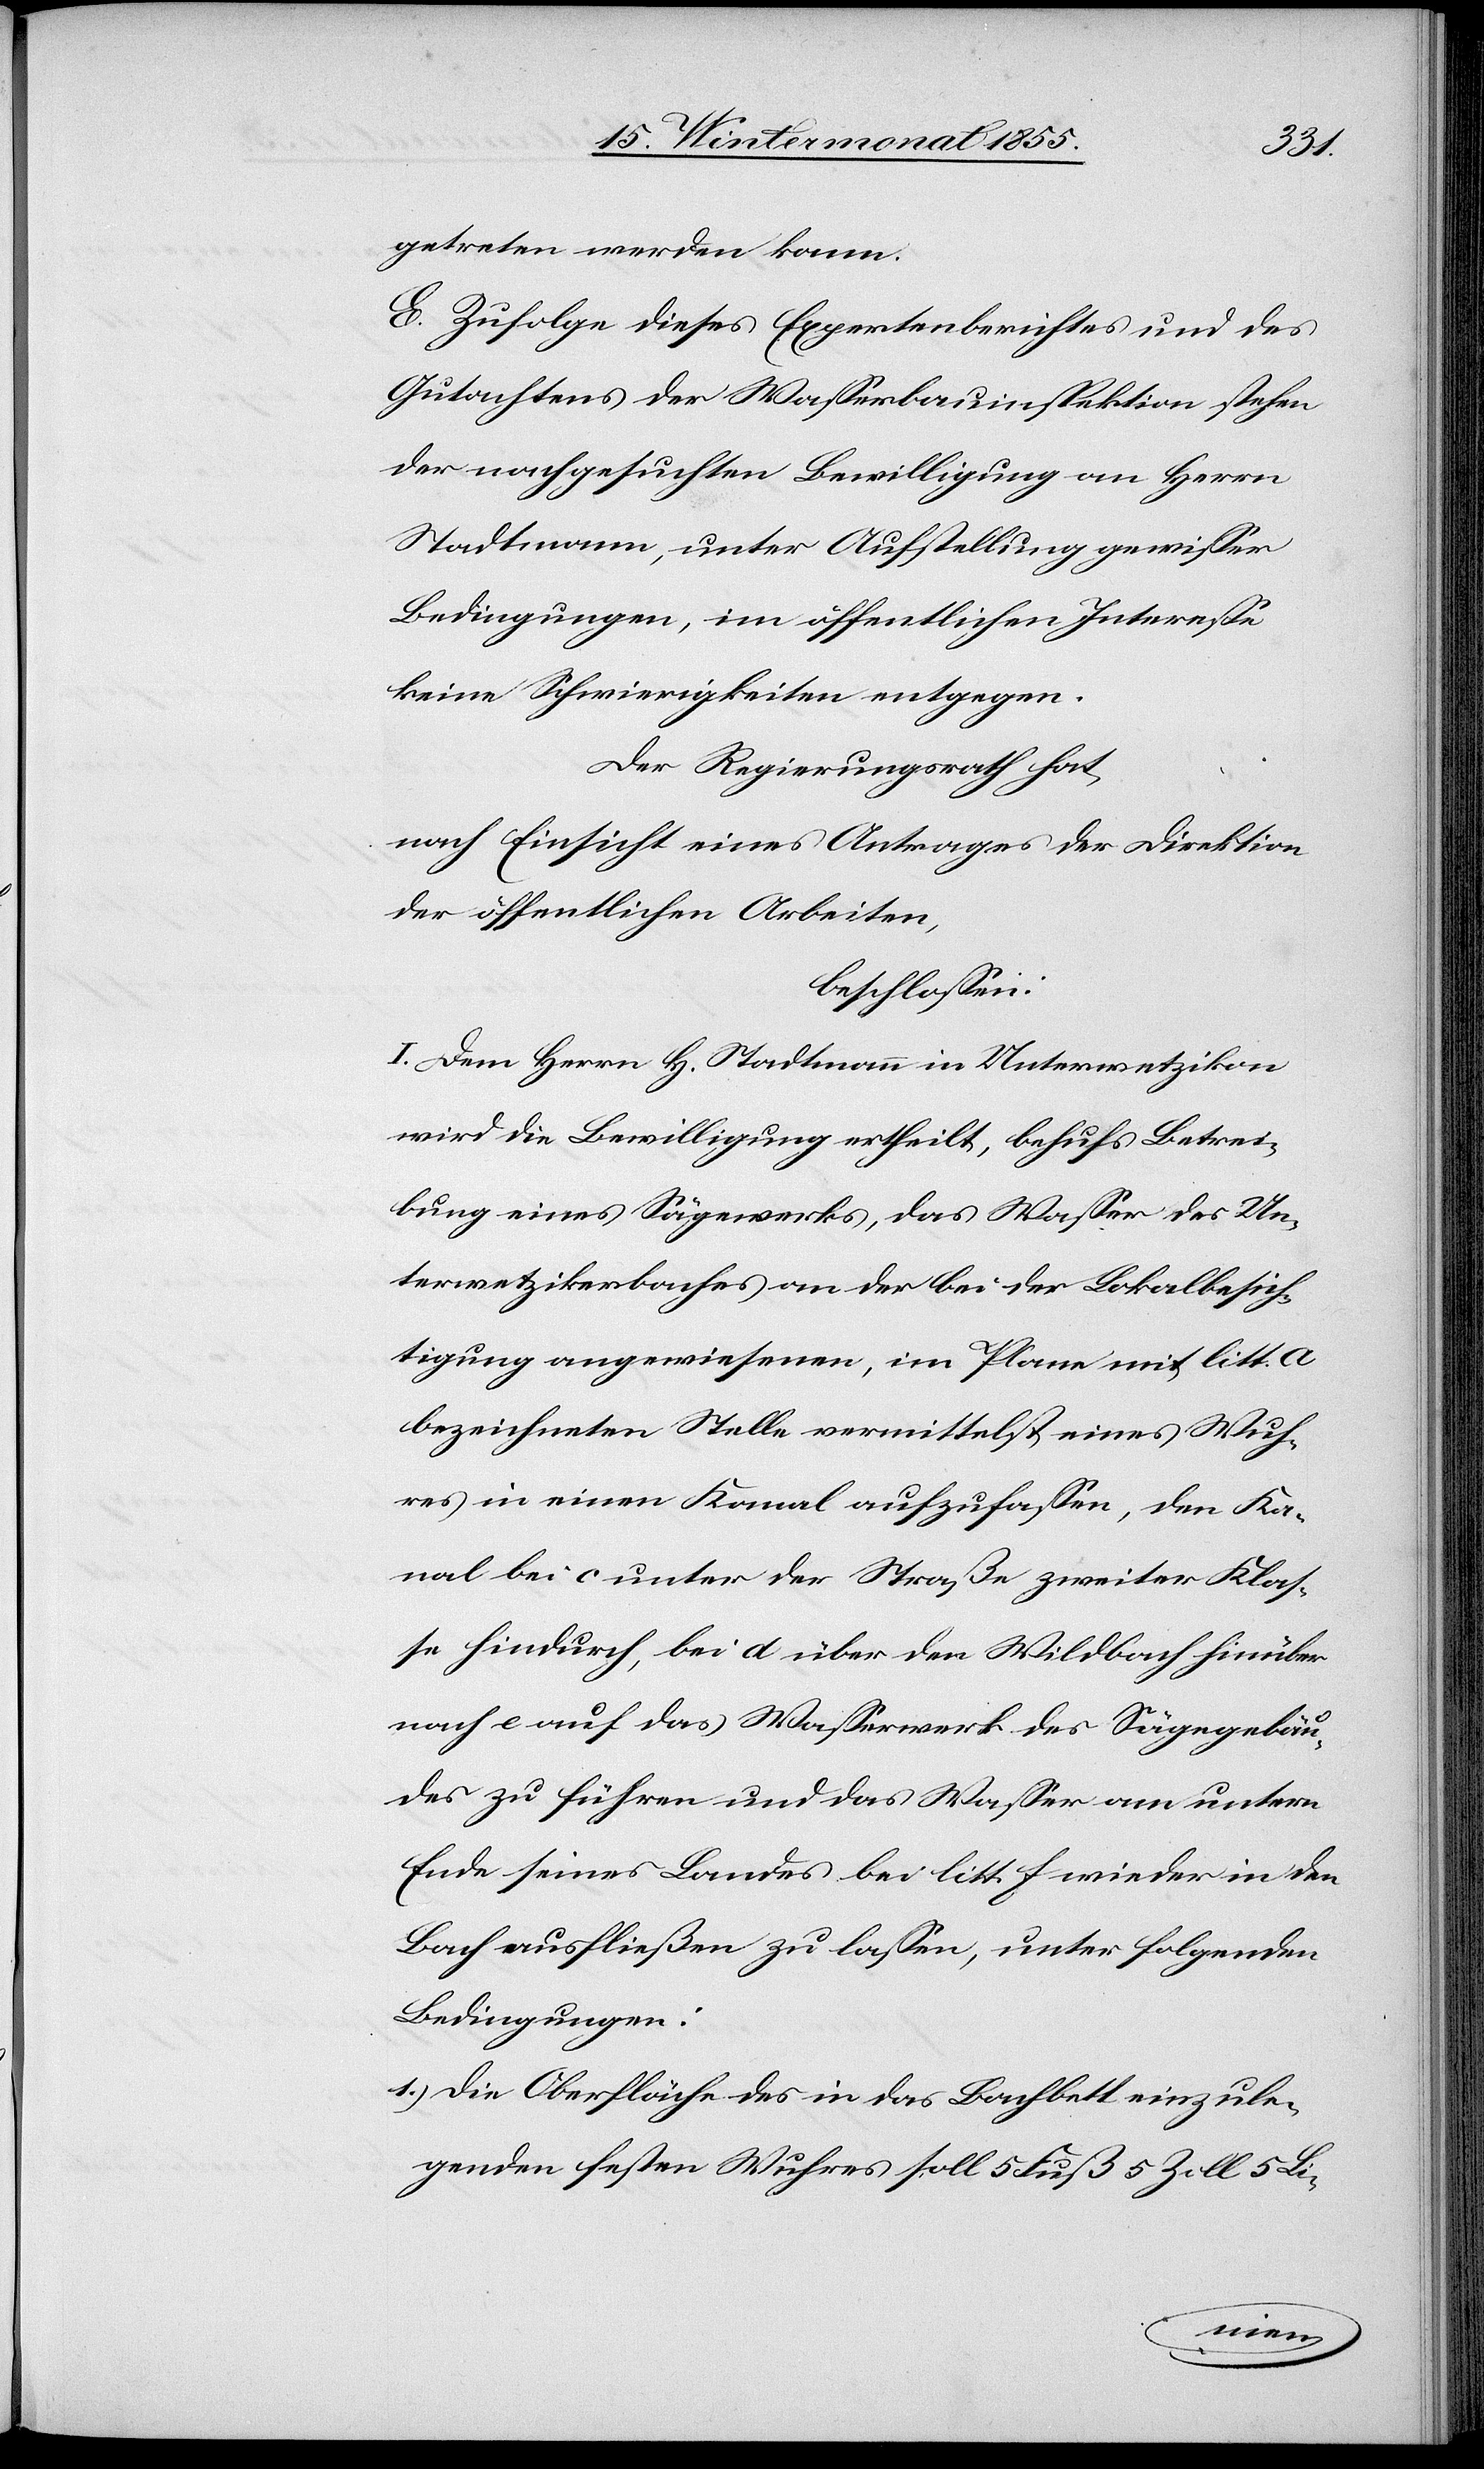
getreten werden kann.
E. Zufolge dieses Expertenberichtes und des
Gutachtens der Wasserbauinspektion stehen
der nachgesuchten Bewilligung an Herrn
Stadtmann, unter Aufstellung gewisser
Bedingungen, im öffentlichen Interesse
keine Schwierigkeiten entgegen.
Der Regierungsrath hat,
nach Einsicht eines Antrages der Direktion
der öffentlichen Arbeiten,
beschlossen:
I. Dem Herrn H. Stadtmann in Unterwetzikon
wird die Bewilligung ertheilt, behufs Betrei¬
bung eines Sägewerks, das Wasser des Un¬
terwetzikerbaches an der bei der Lokalbesich¬
tigung angewiesenen, im Plane mit litt. A
bezeichneten Stelle vermittelst eines Wuh¬
res in einen Kanal aufzufassen, den Ka¬
nal bei c unter der Straße zweiter Klas¬
se hindurch, bei d über den Wildbach hinüber
nach e auf das Wasserwerk des Sägegebäu¬
des zu führen und das Wasser am untern
Ende seines Landes bei litt. f wieder in den
Bach ausfließen zu lassen, unter folgenden
Bedingungen:
Die Oberfläche des in das Bachbett einzule¬
genden festen Wuhres soll 5 Fuß 5 Zoll 5 Li-